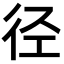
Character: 径